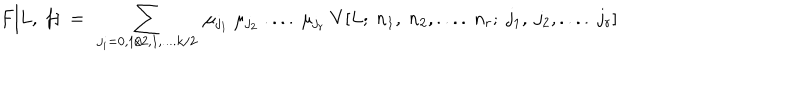
F [ L , ~ f ] ~ = ~ \sum _ { j _ { i } = 0 , 1 / 2 , 1 , . . . . k / 2 } ~ \mu _ { j _ { 1 } } ~ \mu _ { j _ { 2 } } ~ . . . . ~ \mu _ { j _ { r } } ~ V [ L ; ~ n _ { 1 } , ~ n _ { 2 } , . . . . ~ n _ { r } ; ~ j _ { 1 } , ~ j _ { 2 } , . . . . ~ j _ { r } ]